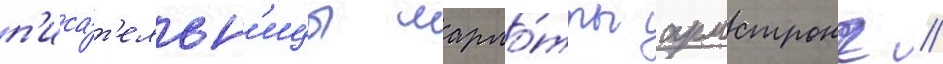
п'иса́т'ельн'ицы шарло́тты армстронг //